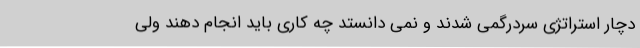
دچار استراتژی سردرگمی شدند و نمی دانستد چه کاری باید انجام دهند ولی